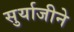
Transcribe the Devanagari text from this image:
सुर्याजीने